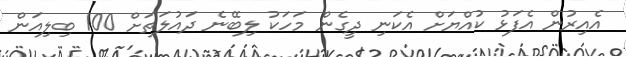
އެއިރުން އެފަޅު ކުއްްޔަށް އެކަނި ދީގެން މަހަކު ލިބޭނެ ދައުލަތަށް 100 ބިލިއަން